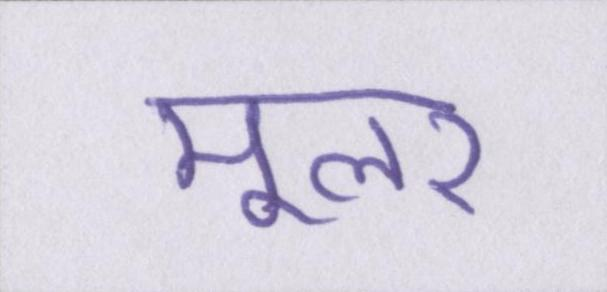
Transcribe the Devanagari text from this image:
मूलर